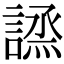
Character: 𧪣